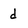
Character: d